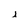
Character: i